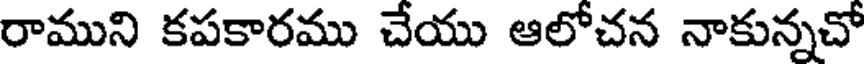
రాముని కపకారము చేయు ఆలోచన నాకున్నచో